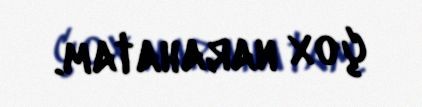
çox narahatam.